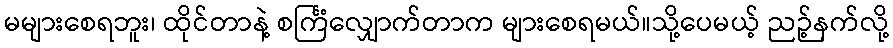
မများစေရဘူး၊ ထိုင်တာနဲ့ စင်္ကြံလျှောက်တာက များစေရမယ်။သို့ပေမယ့် ညဉ့်နက်လို့